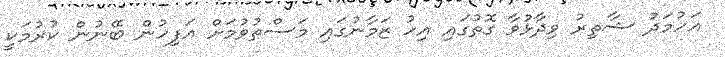
އަހުމަދު ޝާތިރު ވިދާޅުވާ ގޮތުގައި އިހު ޒަމާނުގައި މަސްތުވުމަށް އަފިހުން ބޭނުން ކުރުމަކީ